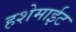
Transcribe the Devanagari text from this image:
हशेमाईट